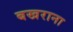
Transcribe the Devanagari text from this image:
बखराना